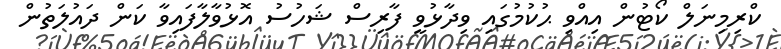
ކްރިމިނަލް ކޯޓުން އިއްވި ޙުކުމުގައި ވިދާޅުވީ ފާރިސް ޝަހުސު އޮޅުވާލާފައިވާ ކަން ދައުލަތުން